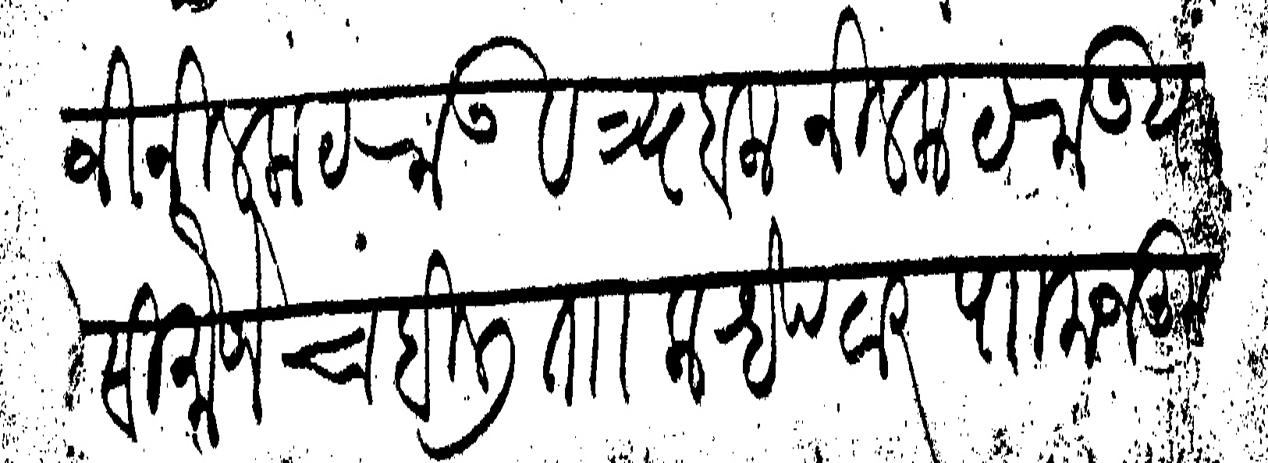
Transliteration (Devanagari): विसाजी नीलकंठराऊ व त्र्यंबक नीलकंठराऊ यांसी मौजे चांबिली ता क्हेपठार पा मजकूर